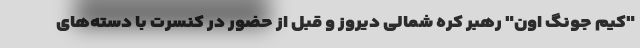
"کیم جونگ اون" رهبر کره شمالی دیروز و قبل از حضور در کنسرت با دسته‌های